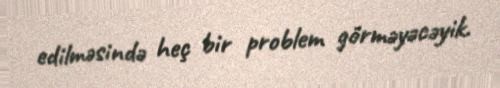
edilməsində heç bir problem görməyəcəyik.